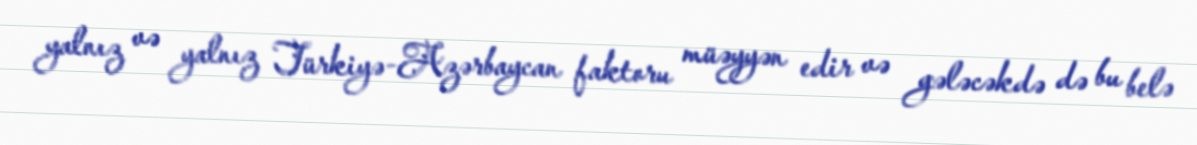
yalnız və yalnız Türkiyə-Azərbaycan faktoru müəyyən edir və gələcəkdə də bu belə